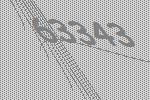
63343